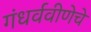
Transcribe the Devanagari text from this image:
गंधर्ववीणेचे